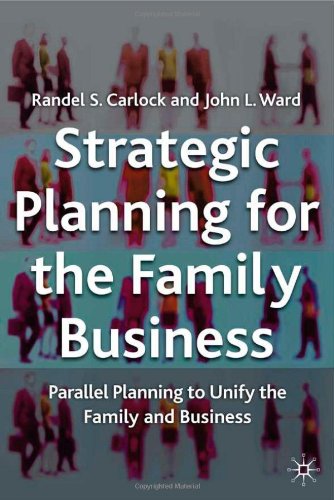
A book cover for Strategic Planning for the Family Business: Parallel Planning to Unite the Family and Business (A Family Business Publication); Randel S. Carlock; Business & Money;